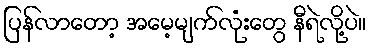
ပြန်လာတော့ အမေ့မျက်လုံးတွေ နီရဲလို့ပဲ။